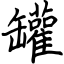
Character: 罐